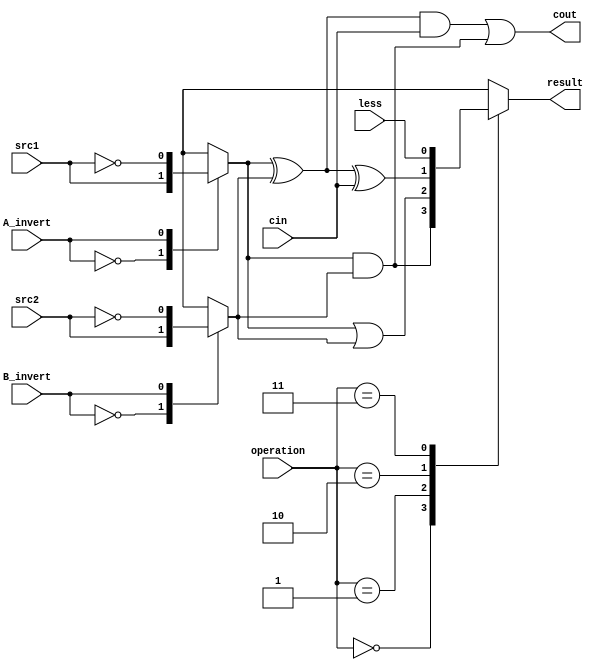
`timescale 1ns/1ps
// 310512050
module alu_top(
    /* input */
    src1,       //1 bit, source 1 (A)
    src2,       //1 bit, source 2 (B)
    less,       //1 bit, less
    A_invert,   //1 bit, A_invert
    B_invert,   //1 bit, B_invert
    cin,        //1 bit, carry in
    operation,  //2 bit, operation
    /* output */
    result,     //1 bit, result
    cout        //1 bit, carry out
);

/*==================================================================*/
/*                          input & output                          */
/*==================================================================*/

input src1;
input src2;
input less;
input A_invert;
input B_invert;
input cin;
input [1:0] operation;

output result;
output cout;

/*==================================================================*/
/*                            reg & wire                            */
/*==================================================================*/

reg result, cout;
reg sel_A,sel_B;
wire add_xor0,add_result,add_and0,add_and1;
wire And_result,Or_result;

/*==================================================================*/
/*                              design                              */
/*==================================================================*/
assign add_xor0 = sel_A^sel_B;
assign add_and0 = sel_A&sel_B;
assign add_result = add_xor0^cin;
assign add_and1 = add_xor0&cin;

assign And_result = add_and0;
assign Or_result = sel_A|sel_B;


always@(*) begin
	cout = add_and1|add_and0;
end

always@(*) begin
	case(A_invert)
	1'd0: sel_A = src1;
	1'd1: sel_A = ~src1;
	default: sel_A = src1;
	endcase
end

always@(*) begin
	case(B_invert)
	1'd0: sel_B = src2;
	1'd1: sel_B = ~src2;
	default: sel_B = src2;
	endcase
end

always@(*) begin
	case(operation)
	2'd0: result = And_result;
	2'd1: result = Or_result;
	2'd2: result = add_result;
	2'd3: result = less;
	default: result = 1'd0;
	endcase
end

/* HINT: You may use 'case' or 'if-else' to determine result.
// result
always@(*) begin
    case()
        default: begin
            result = ;
        end
    endcase
end
*/

endmodule